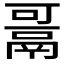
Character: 𱆋